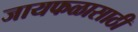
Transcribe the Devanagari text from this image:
जायफळासाठी